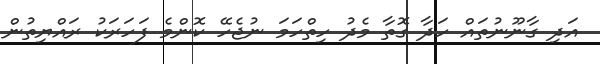
އަދި ގާނޫނުތައް ހަދާ ގޮތާ މެދު ހިތްހަމަ ނުޖެހޭ ކޮންމެ ފަހަރަކު ރައްޔިތުން